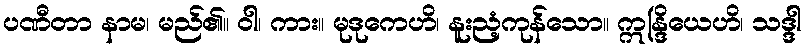
ပဏီတာ နာမ၊ မည်၏။ ဝါ၊ ကား။ မုဒုကေဟိ၊ နူးညံ့ကုန်သော။ ဣန္ဒြိယေဟိ၊ သဒ္ဒါ